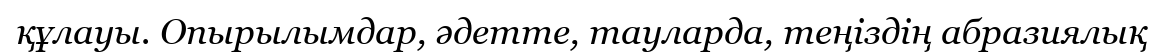
құлауы. Опырылымдар, әдетте, тауларда, теңіздің абразиялық